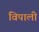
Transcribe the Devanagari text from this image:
विपाली